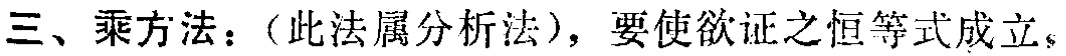
三、乘方法：（此法属分析法），要使欲证之恒等式成立。